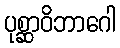
ပုစ္ဆာဝိဘာဂေါ